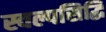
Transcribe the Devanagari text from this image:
स्वल्पसिद्धि